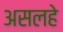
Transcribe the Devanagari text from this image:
असलहे